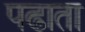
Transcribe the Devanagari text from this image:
पढाता